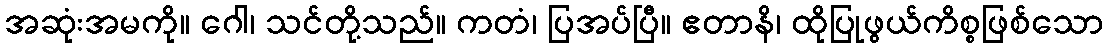
အဆုံးအမကို။ ဂေါ၊ သင်တို့သည်။ ကတံ၊ ပြအပ်ပြီ။ ဧတာနိ၊ ထိုပြုဖွယ်ကိစ္စဖြစ်သော